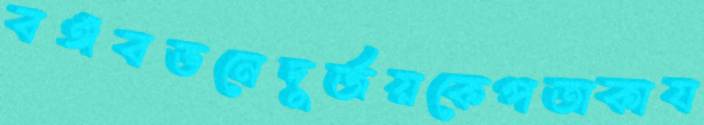
বঙ্গবভনেদুর্জয়কেপতাকায